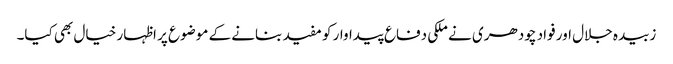
زبیدہ جلال اور فواد چودھری نے ملکی دفاع پیداوار کو مفید بنانے کے موضوع پر اظہار خیال بھی کیا۔